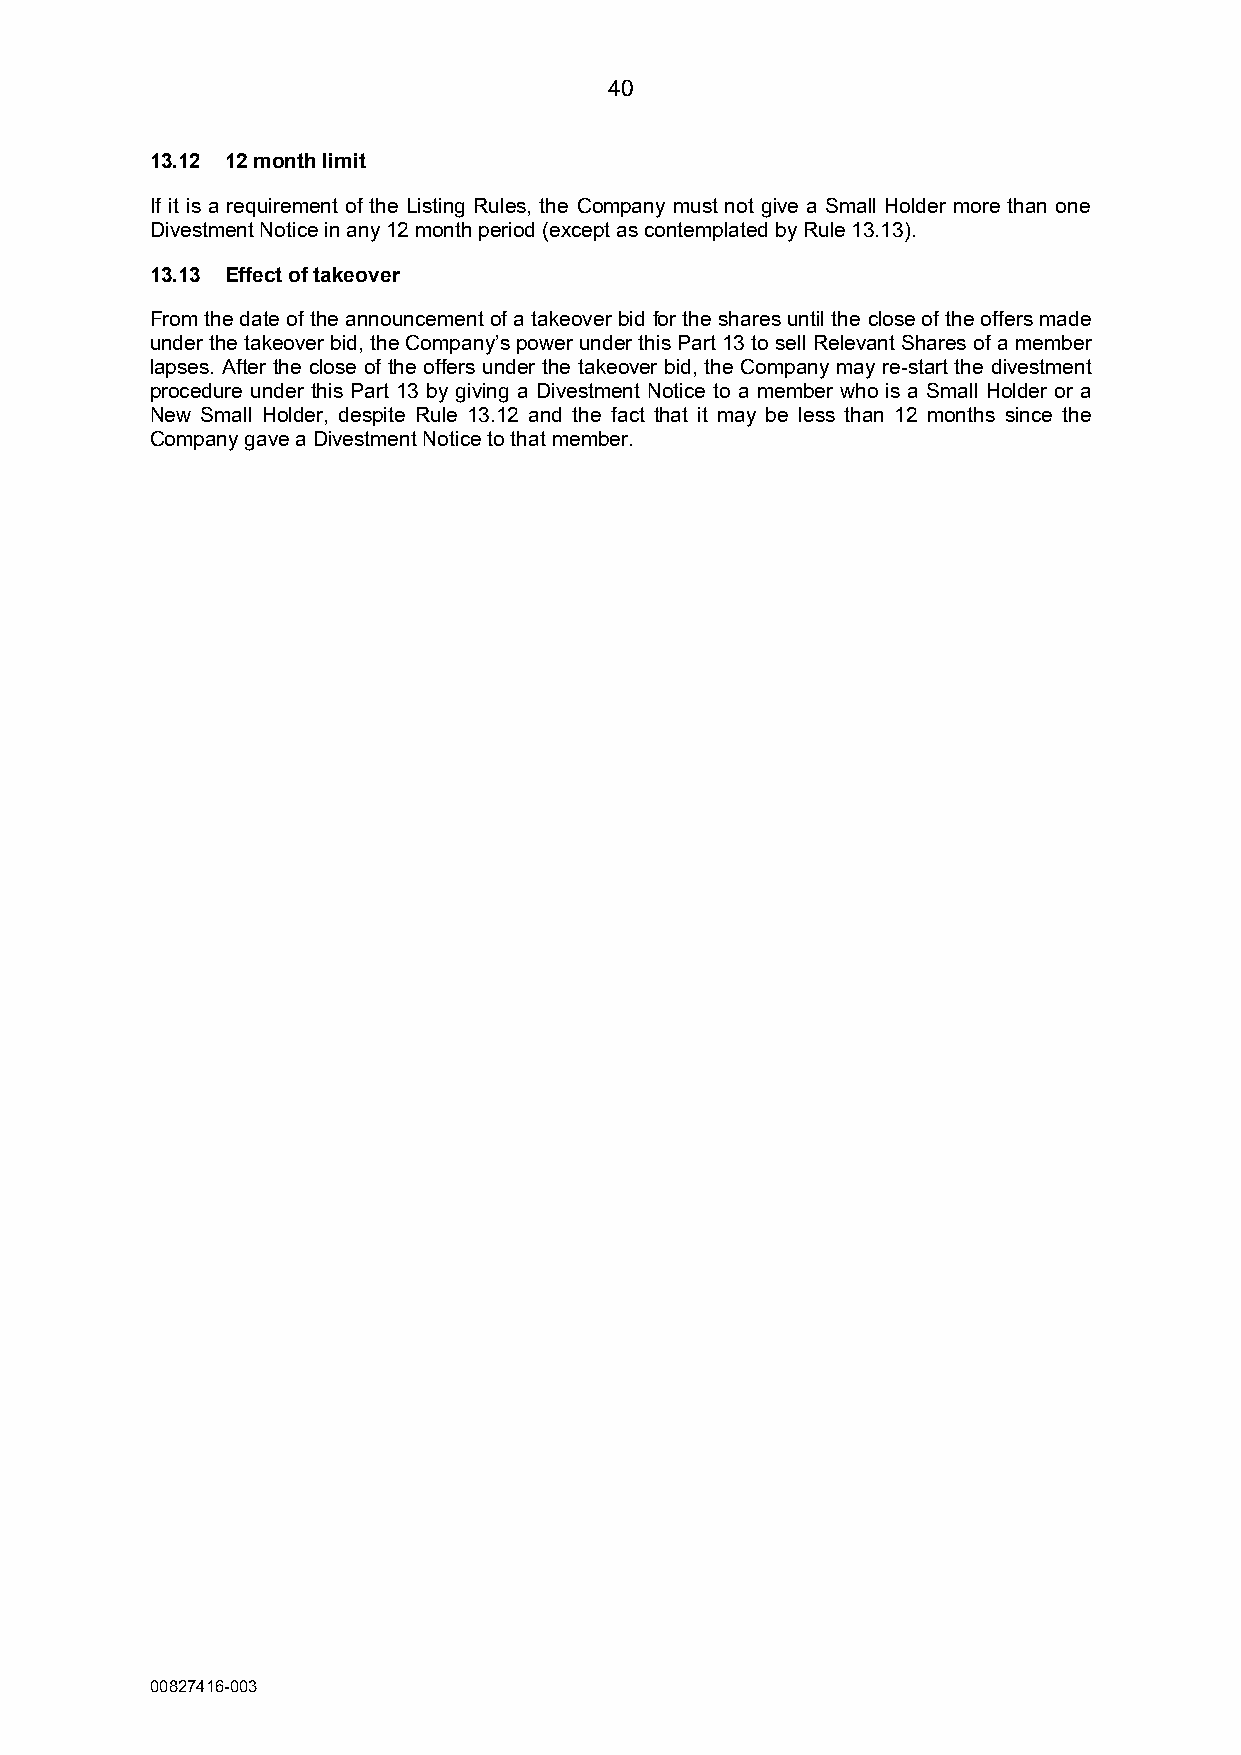
40
 13.12 12 month limit
 If it is a requirement of the Listing Rules, the Company must not give a Small Holder more than one
 Divestment Notice in any 12 month period (except as contemplated by Rule 13.13).
 13.13 Effect of takeover
 From the date of the announcement of a takeover bid for the shares until the close of the offers made
 under the takeover bid, the Company’s power under this Part 13 to sell Relevant Shares of a member
 lapses. After the close of the offers under the takeover bid, the Company may re-start the divestment
 procedure under this Part 13 by giving a Divestment Notice to a member who is a Small Holder or a
 New Small Holder, despite Rule 13.12 and the fact that it may be less than 12 months since the
 Company gave a Divestment Notice to that member.
 00827416-003